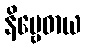
နိဗ္ဗေဓာယ